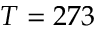
T = 2 7 3